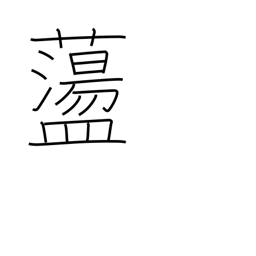
Meaning: to toss about